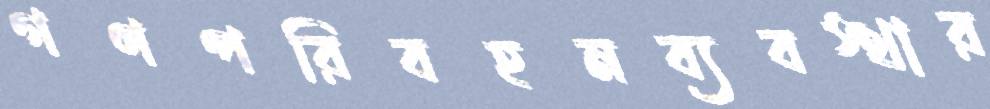
গণপরিবহনব্যবস্থার